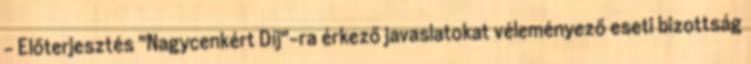
- Előterjesztés "Nagycenkért Díj"-ra érkező javaslatokat véleményező eseti bizottság